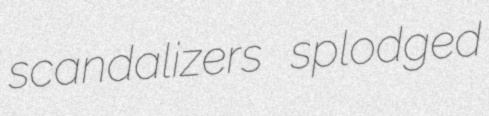
scandalizers splodged